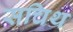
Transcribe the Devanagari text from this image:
सचिथ